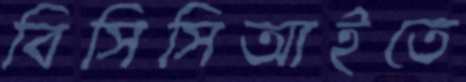
বিসিসিআইতে